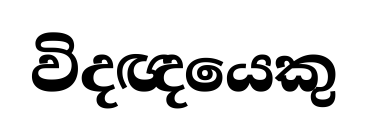
විදඥයෙකු